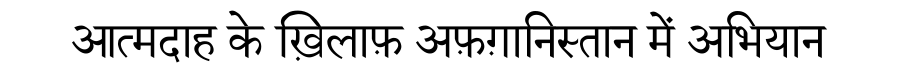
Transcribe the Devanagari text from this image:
आत्मदाह के ख़िलाफ़ अफ़ग़ानिस्तान में अभियान